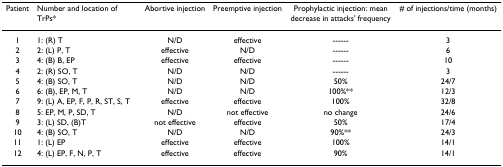
<table><thead><tr><td><b>Patient</b></td><td><b>Number and location of TrPs*</b></td><td><b>Abortive injection</b></td><td><b>Preemptive injection</b></td><td><b>Prophylactic injection: mean decrease in attacks&#x27; frequency</b></td><td><b># of injections/time (months)</b></td></tr></thead><tbody><tr><td>1</td><td>1: (R) T</td><td>N/D</td><td>effective</td><td>------</td><td>3</td></tr><tr><td>2</td><td>2: (L) P, T</td><td>effective</td><td>N/D</td><td>------</td><td>6</td></tr><tr><td>3</td><td>4: (B) B, EP</td><td>effective</td><td>effective</td><td>------</td><td>10</td></tr><tr><td>4</td><td>2: (R) SO, T</td><td>N/D</td><td>N/D</td><td>------</td><td>3</td></tr><tr><td>5</td><td>4: (B) SO, T</td><td>N/D</td><td>N/D</td><td>50%</td><td>24/7</td></tr><tr><td>6</td><td>6: (B), EP, M, T</td><td>N/D</td><td>N/D</td><td>100%**</td><td>12/3</td></tr><tr><td>7</td><td>9: (L) A, EP, F, P, R, ST, S, T</td><td>effective</td><td>effective</td><td>100%</td><td>32/8</td></tr><tr><td>8</td><td>5: EP, M, P, SD, T</td><td>N/D</td><td>not effective</td><td>no change</td><td>24/6</td></tr><tr><td>9</td><td>3: (L) SD, (B)T</td><td>not effective</td><td>effective</td><td>50%</td><td>17/4</td></tr><tr><td>10</td><td>4: (B) SO, T</td><td>N/D</td><td>N/D</td><td>90%**</td><td>24/3</td></tr><tr><td>11</td><td>1: (L) EP</td><td>effective</td><td>effective</td><td>100%</td><td>14/1</td></tr><tr><td>12</td><td>4: (L) EP, F, N, P, T</td><td>effective</td><td>effective</td><td>90%</td><td>14/1</td></tr></tbody></table>